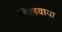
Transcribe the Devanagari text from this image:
सिलवाया